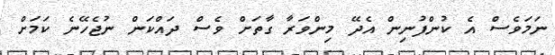
ނަމަވެސް އެ ކުންފުނިން އެދޭ މިންވަރާ ގާތަށް ވެސް ދައްކަން ނުޖެހޭނެ ކަމަށް